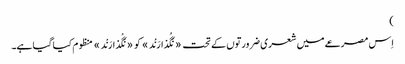
)
اِس مصرعے میں شعری ضرورتوں کے تحت «نَگُذارَنْد» کو «نَگْذارَنْد» منظوم کیا گیا ہے۔